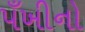
પઁખીનો